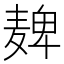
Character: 𫜔